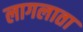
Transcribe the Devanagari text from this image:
लागलाता